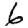
Digit: 6